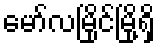
မော်လမြိုင်မြို့ရှိ